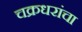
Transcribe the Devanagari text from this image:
चक्रधरांचा